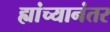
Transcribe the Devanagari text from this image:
ह्यांच्यानंतर